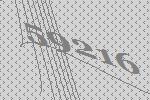
59216